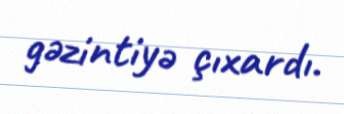
gəzintiyə çıxardı.